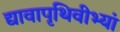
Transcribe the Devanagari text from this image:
द्यावापृथिवीभ्यां